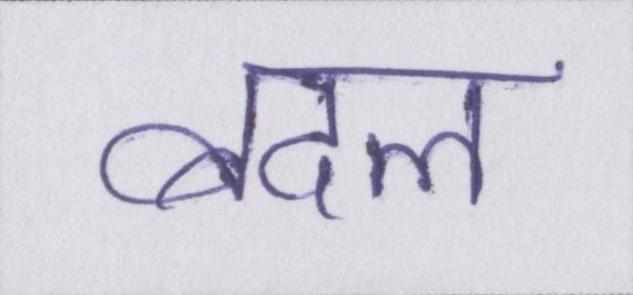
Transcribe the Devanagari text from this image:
बदल